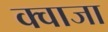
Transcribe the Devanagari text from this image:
क्वाजा